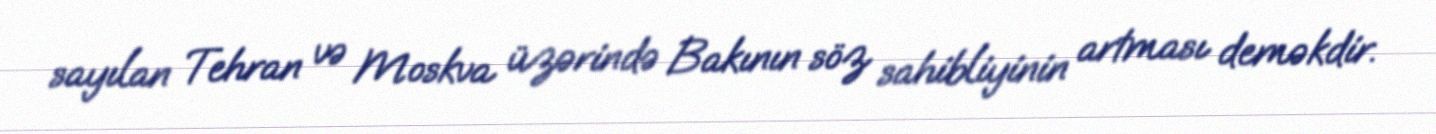
sayılan Tehran və Moskva üzərində Bakının söz sahibliyinin artması deməkdir.